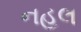
નહલ